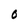
Character: O